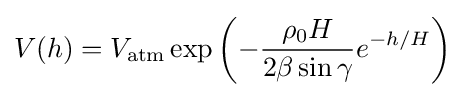
V(h)=V_{\text{atm}}\exp \left(-{\frac {\rho _{0}H}{2\beta \sin \gamma }}e^{-h/H}\right)